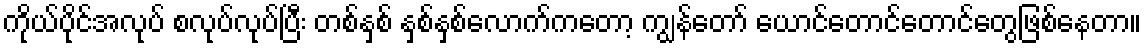
ကိုယ်ပိုင်အလုပ် စလုပ်လုပ်ပြီး တစ်နှစ် နှစ်နှစ်လောက်ကတော့ ကျွန်တော် ယောင်တောင်တောင်တွေဖြစ်နေတာ။